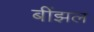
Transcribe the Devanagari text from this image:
बींझल